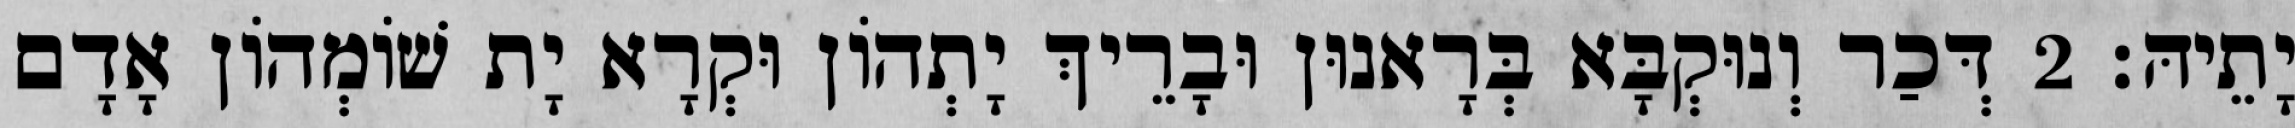
יָתֵיהּ׃ 2 דְּכַר וְנוּקְבָּא בְּרָאנוּן וּבָרֵיךְ יָתְהוֹן וּקְרָא יָת שׁוֹמְהוֹן אָדָם